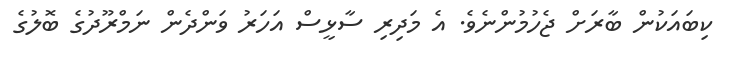
ކިބައަކުން ބާރަށް ޖެހުމުންނެވެ. އެ މަދިރި ސާޅީސް އަހަރު ވަންދެން ނަމްރޫދުގެ ބޮލުގެ